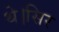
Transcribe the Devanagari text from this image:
थे।सिर